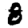
Digit: 8